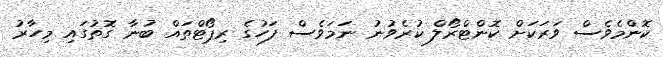
ކޮންމެވެސް ވަރަކަށް ކޮންޓްރޯލް ކުރެވުނު ނަމަވެސް ފަހުގެ ރިޕޯޓްތައް ބުނާ ގޮތުގައި މިހާރު